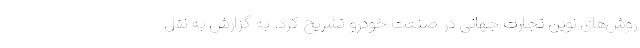
روش‌های نوین تجارت جهانی در صنعت خودرو تشریح کرد. به گزارش به نقل